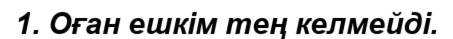
1. Оған ешкім тең келмейді.